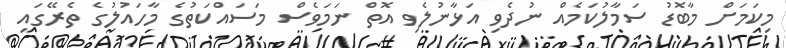
މިކަމަށް މާބޮޑު ސަމާލުކަމެއް ނުދެވި އަޅާނުލެވި އޮތް ނަމަވެސް މަސައްކަތުގެ މާހައުލުގެ ތެރޭގައި